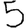
Digit: 5